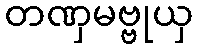
တဏှမဗ္ဗုယှ